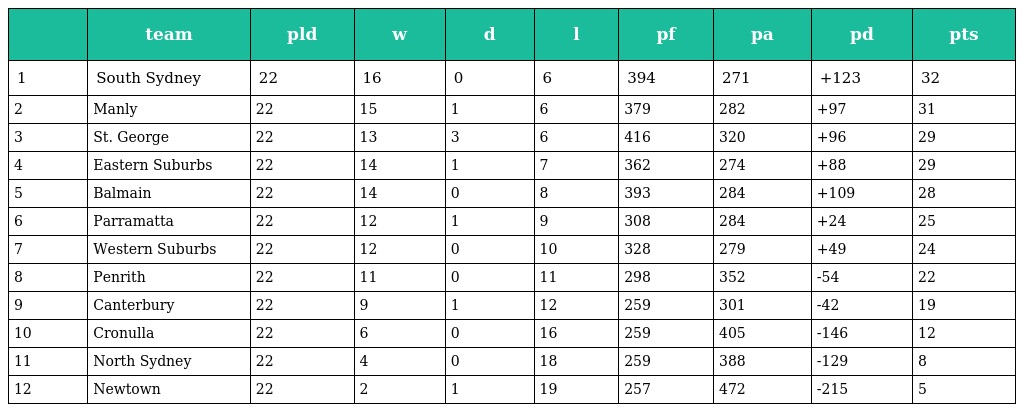
|  | team | pld | w | d | l | pf | pa | pd | pts |
 | --- | --- | --- | --- | --- | --- | --- | --- | --- | --- |
 | 1 | South Sydney | 22 | 16 | 0 | 6 | 394 | 271 | +123 | 32 |
 | 2 | Manly | 22 | 15 | 1 | 6 | 379 | 282 | +97 | 31 |
 | 3 | St. George | 22 | 13 | 3 | 6 | 416 | 320 | +96 | 29 |
 | 4 | Eastern Suburbs | 22 | 14 | 1 | 7 | 362 | 274 | +88 | 29 |
 | 5 | Balmain | 22 | 14 | 0 | 8 | 393 | 284 | +109 | 28 |
 | 6 | Parramatta | 22 | 12 | 1 | 9 | 308 | 284 | +24 | 25 |
 | 7 | Western Suburbs | 22 | 12 | 0 | 10 | 328 | 279 | +49 | 24 |
 | 8 | Penrith | 22 | 11 | 0 | 11 | 298 | 352 | -54 | 22 |
 | 9 | Canterbury | 22 | 9 | 1 | 12 | 259 | 301 | -42 | 19 |
 | 10 | Cronulla | 22 | 6 | 0 | 16 | 259 | 405 | -146 | 12 |
 | 11 | North Sydney | 22 | 4 | 0 | 18 | 259 | 388 | -129 | 8 |
 | 12 | Newtown | 22 | 2 | 1 | 19 | 257 | 472 | -215 | 5 |